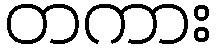
တကား